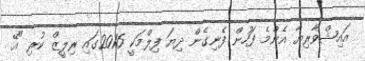
އައިޝްވާރިޔާ އެންމެ ފަހުން ފެނިގެން ދިޔަ ފިލްމަކީ 2016ގައި ރިލީޒް ކުރި "އޭ